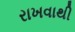
રાખવાથી